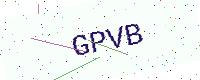
Text: GPVB